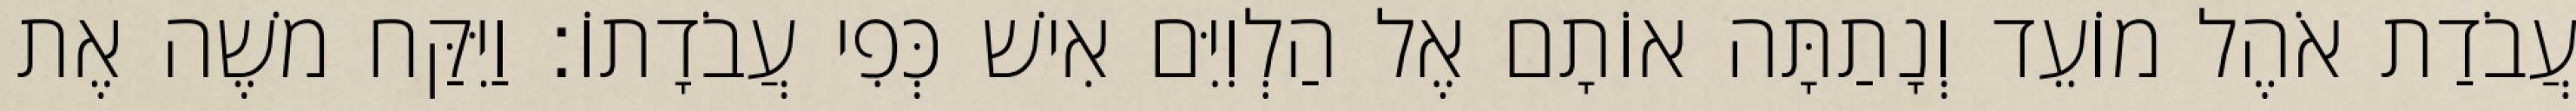
עֲבֹדַת אֹהֶל מוֹעֵד וְנָתַתָּה אוֹתָם אֶל הַלְוִיִּם אִישׁ כְּפִי עֲבֹדָתוֹ׃ וַיִּקַּח משֶׁה אֶת